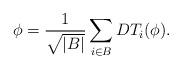
LaTeX: \begin{align*}\phi = \frac1{\sqrt{|B|}}\sum_{i\in B} DT_{i}(\phi).\end{align*}